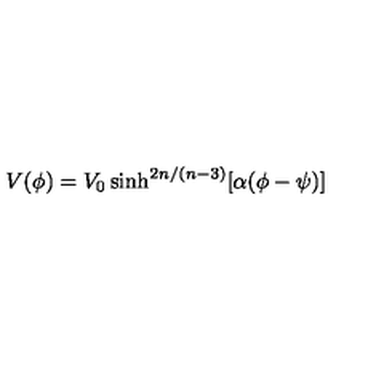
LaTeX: V ( \phi ) = V _ { 0 } \sinh ^ { 2 n / ( n - 3 ) } [ \alpha ( \phi - \psi ) ]